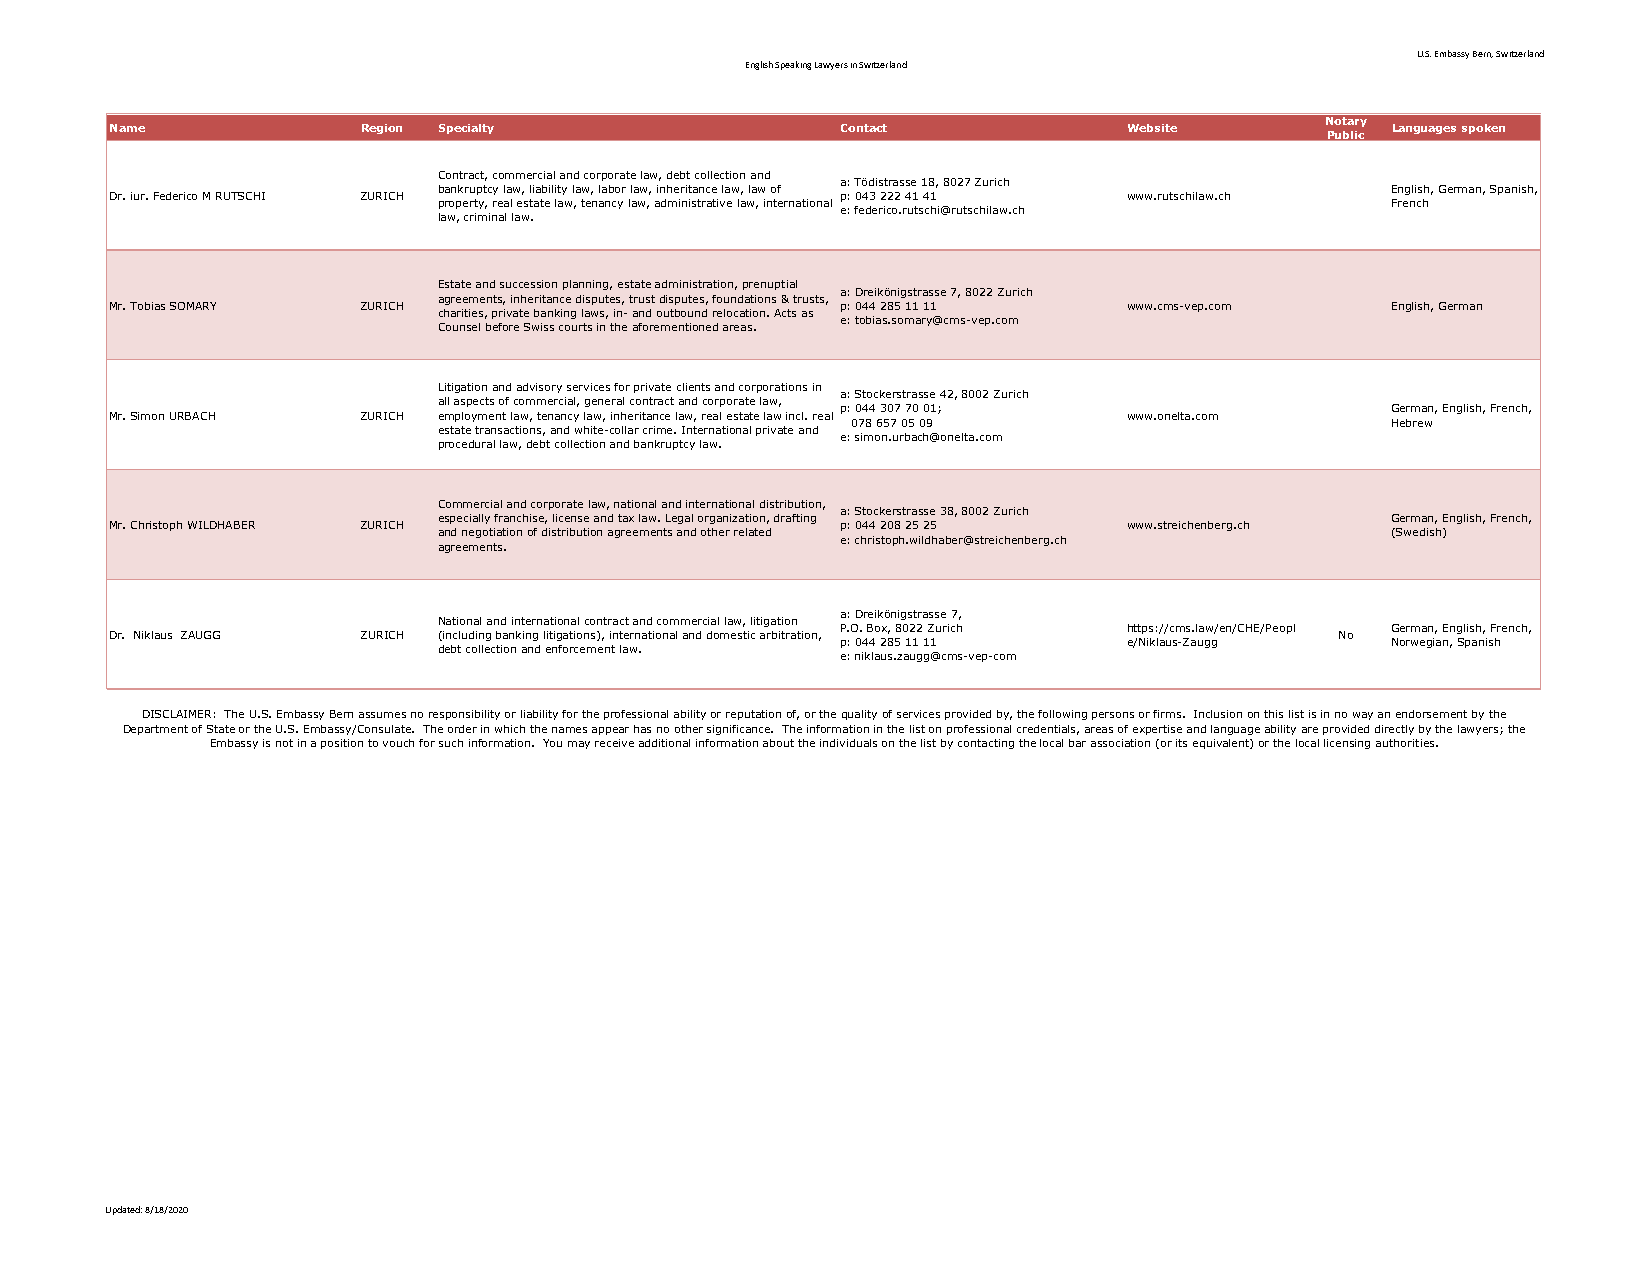
U.S. Embassy Bern, Switzerland
 English Speaking Lawyers in Switzerland
 Notary
 Name             Region Specialty                Contact            Website          Languages spoken
 Public
 Contract, commercial and corporate law, debt collection and
 a: Tödistrasse 18, 8027 Zurich
 bankruptcy law, liability law, labor law, inheritance law, law of English, German, Spanish,
 Dr. iur. Federico M RUTSCHI ZURICH               p: 043 222 41 41   www.rutschilaw.ch
 property, real estate law, tenancy law, administrative law, international French
 e: federico.rutschi@rutschilaw.ch
 law, criminal law.
 Estate and succession planning, estate administration, prenuptial
 a: Dreikönigstrasse 7, 8022 Zurich
 agreements, inheritance disputes, trust disputes, foundations & trusts,
 Mr. Tobias SOMARY ZURICH                         p: 044 285 11 11   www.cms-vep.com  English, German
 charities, private banking laws, in- and outbound relocation. Acts as
 e: tobias.somary@cms-vep.com
 Counsel before Swiss courts in the aforementioned areas.
 Litigation and advisory services for private clients and corporations in
 a: Stockerstrasse 42, 8002 Zurich
 all aspects of commercial, general contract and corporate law,
 p: 044 307 70 01;                   German, English, French,
 Mr. Simon URBACH ZURICH employment law, tenancy law, inheritance law, real estate law incl. real www.onelta.com
 078 657 05 09                       Hebrew
 estate transactions, and white-collar crime. International private and
 e: simon.urbach@onelta.com
 procedural law, debt collection and bankruptcy law.
 Commercial and corporate law, national and international distribution,
 a: Stockerstrasse 38, 8002 Zurich
 especially franchise, license and tax law. Legal organization, drafting German, English, French,
 Mr. Christoph WILDHABER ZURICH                   p: 044 208 25 25   www.streichenberg.ch
 and negotiation of distribution agreements and other related   (Swedish)
 e: christoph.wildhaber@streichenberg.ch
 agreements.
 a: Dreikönigstrasse 7,
 National and international contract and commercial law, litigation
 P.O. Box, 8022 Zurich https://cms.law/en/CHE/Peopl German, English, French,
 Dr. Niklaus ZAUGG ZURICH (including banking litigations), international and domestic arbitration, No
 p: 044 285 11 11   e/Niklaus-Zaugg  Norwegian, Spanish
 debt collection and enforcement law.
 e: niklaus.zaugg@cms-vep-com
 DISCLAIMER: The U.S. Embassy Bern assumes no responsibility or liability for the professional ability or reputation of, or the quality of services provided by, the following persons or firms. Inclusion on this list is in no way an endorsement by the
 Department of State or the U.S. Embassy/Consulate. The order in which the names appear has no other significance. The information in the list on professional credentials, areas of expertise and language ability are provided directly by the lawyers; the
 Embassy is not in a position to vouch for such information. You may receive additional information about the individuals on the list by contacting the local bar association (or its equivalent) or the local licensing authorities.
 Updated: 8/18/2020